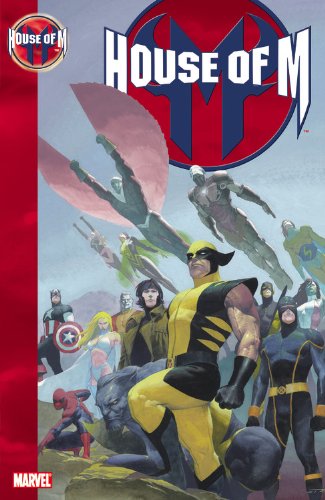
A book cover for House of M; Brian Michael Bendis; Comics & Graphic Novels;